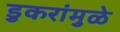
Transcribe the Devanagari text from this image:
डुकरांमुळे